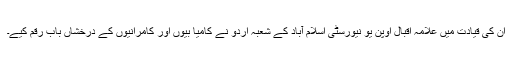
ان کی قیادت میں علامہ اقبال اوپن یو نیورسٹی اسلام آباد کے شعبہ اردو نے کامیا بیوں اور کامرانیوں کے درخشاں باب رقم کیے۔